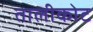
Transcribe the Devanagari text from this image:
तालीकोट